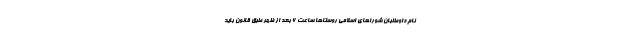
نام داوطلبان شوراهای اسلامی روستاها ساعت ۶ بعد از ظهر طبق قانون باید